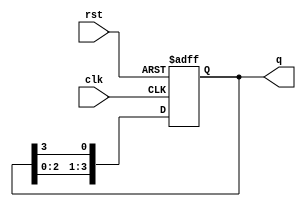
module binary_ring_counter (
    input wire clk,       // Clock signal
    input wire rst,       // Asynchronous reset signal
    output reg [3:0] q    // 4-bit output representing the state
);

// Initial condition to set the first flip-flop high
initial begin
    q = 4'b0001; // Start with the first flip-flop set
end

// Sequential logic for the ring counter
always @(posedge clk or posedge rst) begin
    if (rst) begin
        q <= 4'b0001; // Reset to initial state
    end else begin
        // Circularly shift the '1' to the right
        q <= {q[2:0], q[3]};
    end
end

endmodule